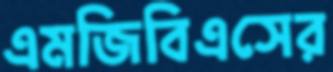
এমজিবিএসের